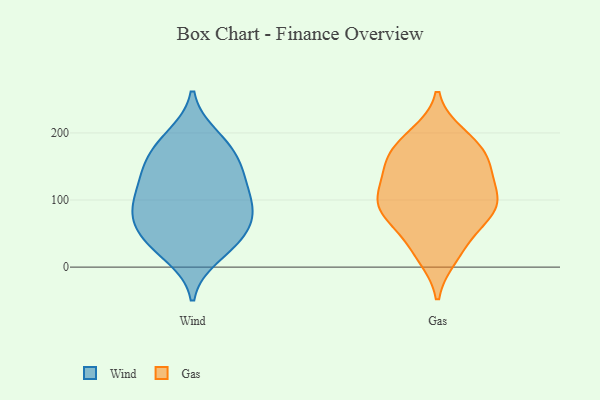
{"axis": {"x": "Satisfaction Score", "y": "Value"}, "legend": ["Gas", "Wind"], "data": [{"x": "", "y": 49, "type": "Wind"}, {"x": "", "y": 98, "type": "Wind"}, {"x": "", "y": 135, "type": "Wind"}, {"x": "", "y": 29, "type": "Wind"}, {"x": "", "y": 77, "type": "Wind"}, {"x": "", "y": 141, "type": "Wind"}, {"x": "", "y": 169, "type": "Wind"}, {"x": "", "y": 43, "type": "Wind"}, {"x": "", "y": 57, "type": "Wind"}, {"x": "", "y": 195, "type": "Wind"}, {"x": "", "y": 90, "type": "Wind"}, {"x": "", "y": 130, "type": "Wind"}, {"x": "", "y": 160, "type": "Wind"}, {"x": "", "y": 17, "type": "Wind"}, {"x": "", "y": 82, "type": "Wind"}, {"x": "", "y": 187, "type": "Wind"}, {"x": "", "y": 99, "type": "Wind"}, {"x": "", "y": 153, "type": "Gas"}, {"x": "", "y": 190, "type": "Gas"}, {"x": "", "y": 197, "type": "Gas"}, {"x": "", "y": 125, "type": "Gas"}, {"x": "", "y": 183, "type": "Gas"}, {"x": "", "y": 101, "type": "Gas"}, {"x": "", "y": 95, "type": "Gas"}, {"x": "", "y": 42, "type": "Gas"}, {"x": "", "y": 148, "type": "Gas"}, {"x": "", "y": 78, "type": "Gas"}, {"x": "", "y": 16, "type": "Gas"}, {"x": "", "y": 85, "type": "Gas"}, {"x": "", "y": 75, "type": "Gas"}, {"x": "", "y": 161, "type": "Gas"}, {"x": "", "y": 22, "type": "Gas"}, {"x": "", "y": 96, "type": "Gas"}, {"x": "", "y": 88, "type": "Gas"}, {"x": "", "y": 127, "type": "Gas"}, {"x": "", "y": 163, "type": "Gas"}]}